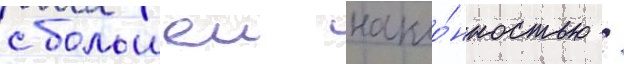
с большеи накло́нностью /